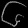
Digit: ၆